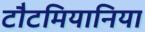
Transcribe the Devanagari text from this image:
टौटमियानिया